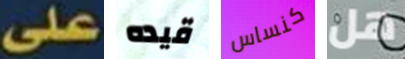
على قيده كنساس هل